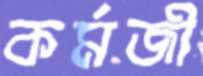
কর্মজী